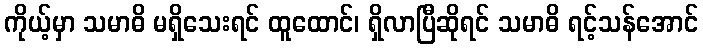
ကိုယ့်မှာ သမာဓိ မရှိသေးရင် ထူထောင်၊ ရှိလာပြီဆိုရင် သမာဓိ ရင့်သန်အောင်